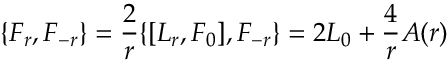
\{ F _ { r } , F _ { - r } \} = \frac { 2 } { r } \{ [ L _ { r } , F _ { 0 } ] , F _ { - r } \} = 2 L _ { 0 } + \frac { 4 } { r } A ( r )